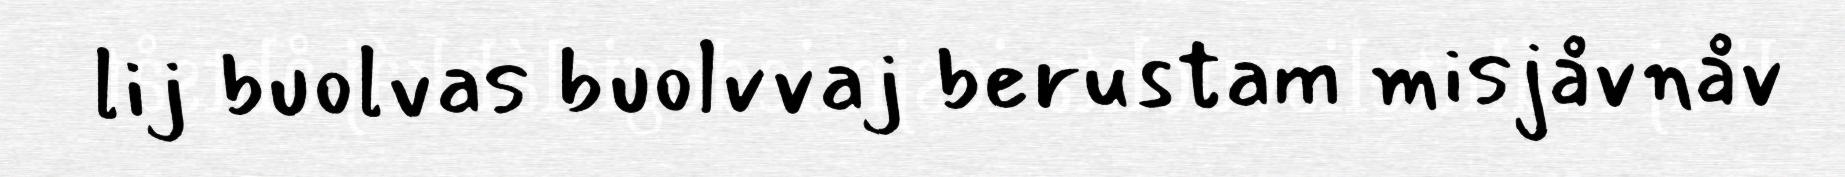
lij buolvas buolvvaj berustam misjåvnåv